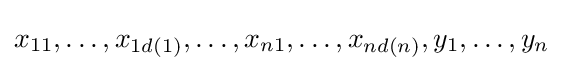
x_{11},\dots ,x_{1d(1)},\dots ,x_{n1},\dots ,x_{nd(n)},y_{1},\dots ,y_{n}